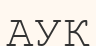
АУҚ